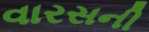
વારસની